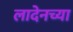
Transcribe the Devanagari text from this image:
लादेनच्या